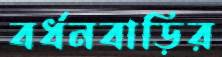
বর্ধনবাড়ির